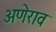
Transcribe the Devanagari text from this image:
अणेराव